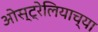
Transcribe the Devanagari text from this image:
ओस्ट्रेलियाच्या